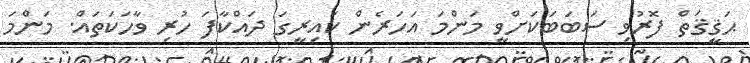
ޙަޤީޤަތް ފޮރުވި ސަބަބަކަށްވީ މަންމަ އަހަރެން ކައިރީގަ ދައްކާފަ ހުރި ވާހަކަތައް. މަންމަ